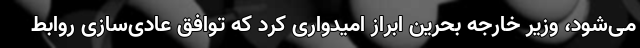
می‌شود، وزیر خارجه بحرین ابراز امیدواری کرد که توافق عادی‌سازی روابط